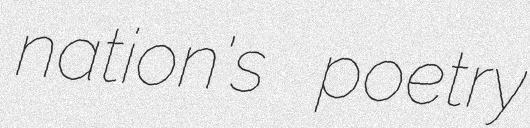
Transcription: nation's poetry